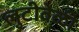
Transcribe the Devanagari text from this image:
लुटीवेळी